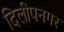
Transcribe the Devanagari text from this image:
दिलीपनगर